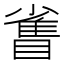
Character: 𪾻